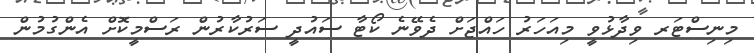
މިނިސްޓަރ ވިދާޅުވީ މިއަހަރު ހައްޖަށް ދެވޭނެ ކޯޓާ ސައުދީ ސަރުކާރުން ރަސްމީކޮށް އެންގުމުން